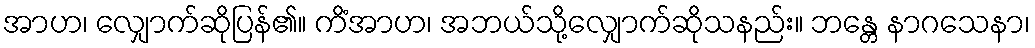
အာဟ၊ လျှောက်ဆိုပြန်၏။ ကိံအာဟ၊ အဘယ်သို့လျှောက်ဆိုသနည်း။ ဘန္တေ နာဂသေနာ၊